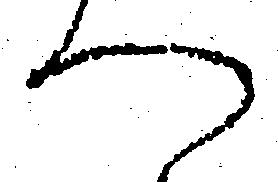
へ